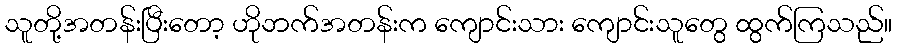
သူတို့အတန်းပြီးတော့ ဟိုဘက်အတန်းက ကျောင်းသား ကျောင်းသူတွေ ထွက်ကြသည်။